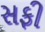
સફી